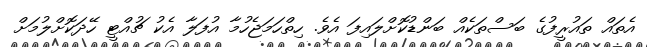
އެތައް ތައުރީފުގެ ބަސްތަކެއް ބަންޑުކޮށްލައިފަ އެވެ. ހިތްހަމަޖެހުމާ އުފަލާ އެކު ޗުއްޓީ ހޭދަކޮށްލުމަށް